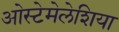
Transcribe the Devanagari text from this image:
ओस्टेमेलेशिया